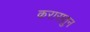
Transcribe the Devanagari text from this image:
करारातुन